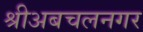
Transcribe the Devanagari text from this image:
श्रीअबचलनगर